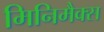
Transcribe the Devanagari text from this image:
मिनिमैक्स